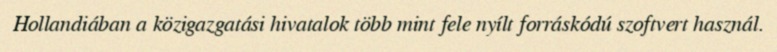
Hollandiában a közigazgatási hivatalok több mint fele nyílt forráskódú szoftvert használ.